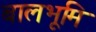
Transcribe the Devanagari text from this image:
बालभूमि